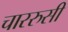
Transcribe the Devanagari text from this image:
चाररुसी